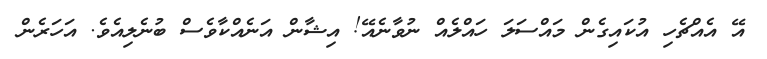
އޭ އެއްޗެހި އުކައިގެން މައްސަލަ ހައްލެއް ނުވާނެއޭ! އިޝާން އަނެއްކާވެސް ބުނެލިއެވެ. އަހަރެން